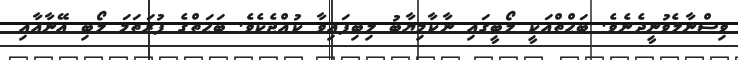
ވިސްނާލެވުނީދެނެވެ. ބަޙްތްއަކީ ލޯބީގައި ނާކާމިޔާބު ލިބިފައިވާ ކުއްޖެކެވެ. ބަޙަތްގެ ފުރަތަމަ ލޯބި އޭނާއާއި